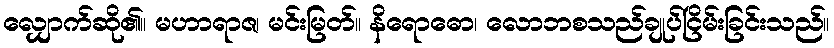
လျှောက်ဆို၏။ မဟာရာဇ၊ မင်းမြတ်။ နိရောဓော၊ လောဘစသည်ချုပ်ငြိမ်းခြင်းသည်။